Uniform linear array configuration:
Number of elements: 12
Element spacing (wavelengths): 1
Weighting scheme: kaiser
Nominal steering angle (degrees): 15
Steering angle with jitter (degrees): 16.691
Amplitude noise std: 0.05
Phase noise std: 0.05

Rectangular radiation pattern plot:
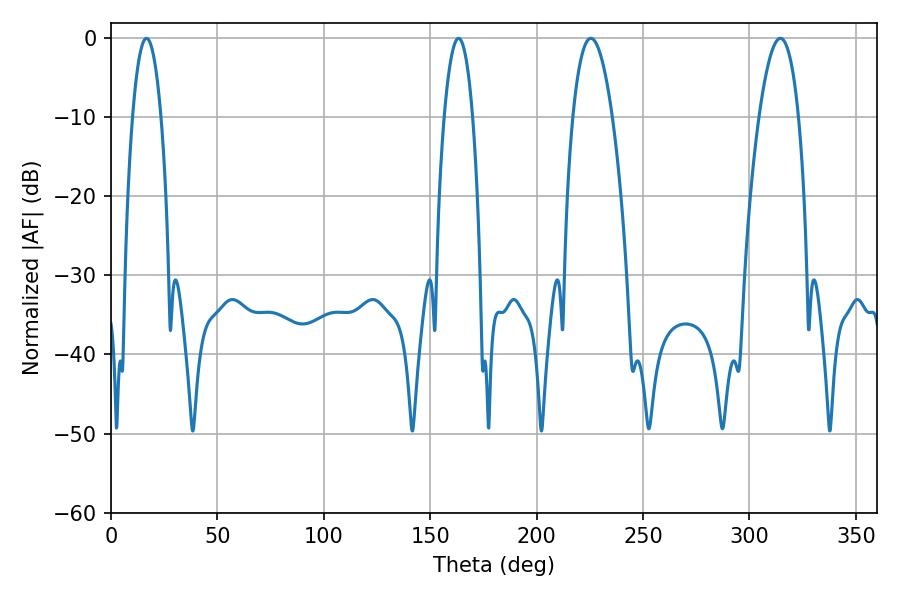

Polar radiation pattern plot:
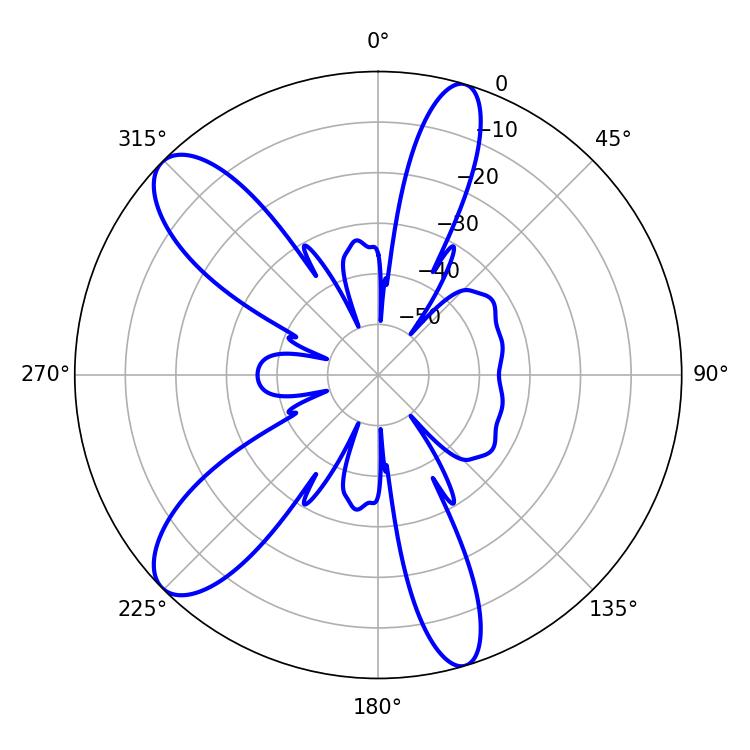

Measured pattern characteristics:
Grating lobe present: TRUE
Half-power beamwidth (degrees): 10.08
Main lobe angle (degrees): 225.54